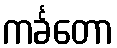
ကင်္ခတော